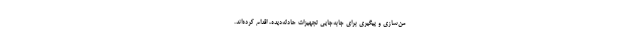
من‌سازی و پیگیری برای جابه‌جایی تجهیزات حادثه‌دیده، اقدام کرده‌اند.